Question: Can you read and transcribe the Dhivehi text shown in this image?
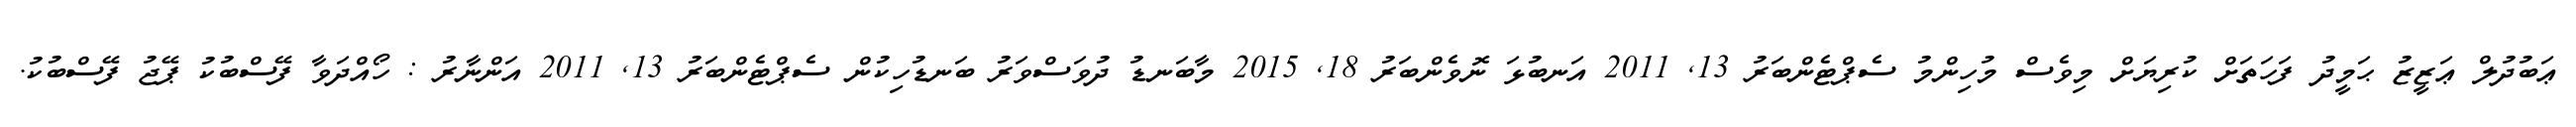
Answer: ޢަބުދުލް ޢަޒީޒު ޙަމީދު ފަހަތަށް ކުރިޔަށް މިވެސް މުހިންމު ސެޕްޓެންބަރު 13, 2011 އަނބުޅަ ނޮވެންބަރު 18, 2015 މާބަނޑު ދުވަސްވަރު ބަނޑުހިކުން ސެޕްޓެންބަރު 13, 2011 އަންނާރު : ހޯއްދަވާ ފޭސްބުކު ޕޭޖު ފޭސްބުކު.